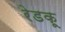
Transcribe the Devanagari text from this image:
रेडकू